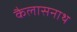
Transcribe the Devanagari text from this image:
कैलासनाथ